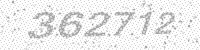
Solution: 362712